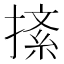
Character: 𢱨